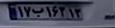
۱۷ب۱۶۳۱۳